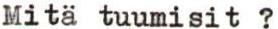
Mitä tuumisit ?